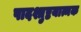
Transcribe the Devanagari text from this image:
पादश्तुष्टयात्मक